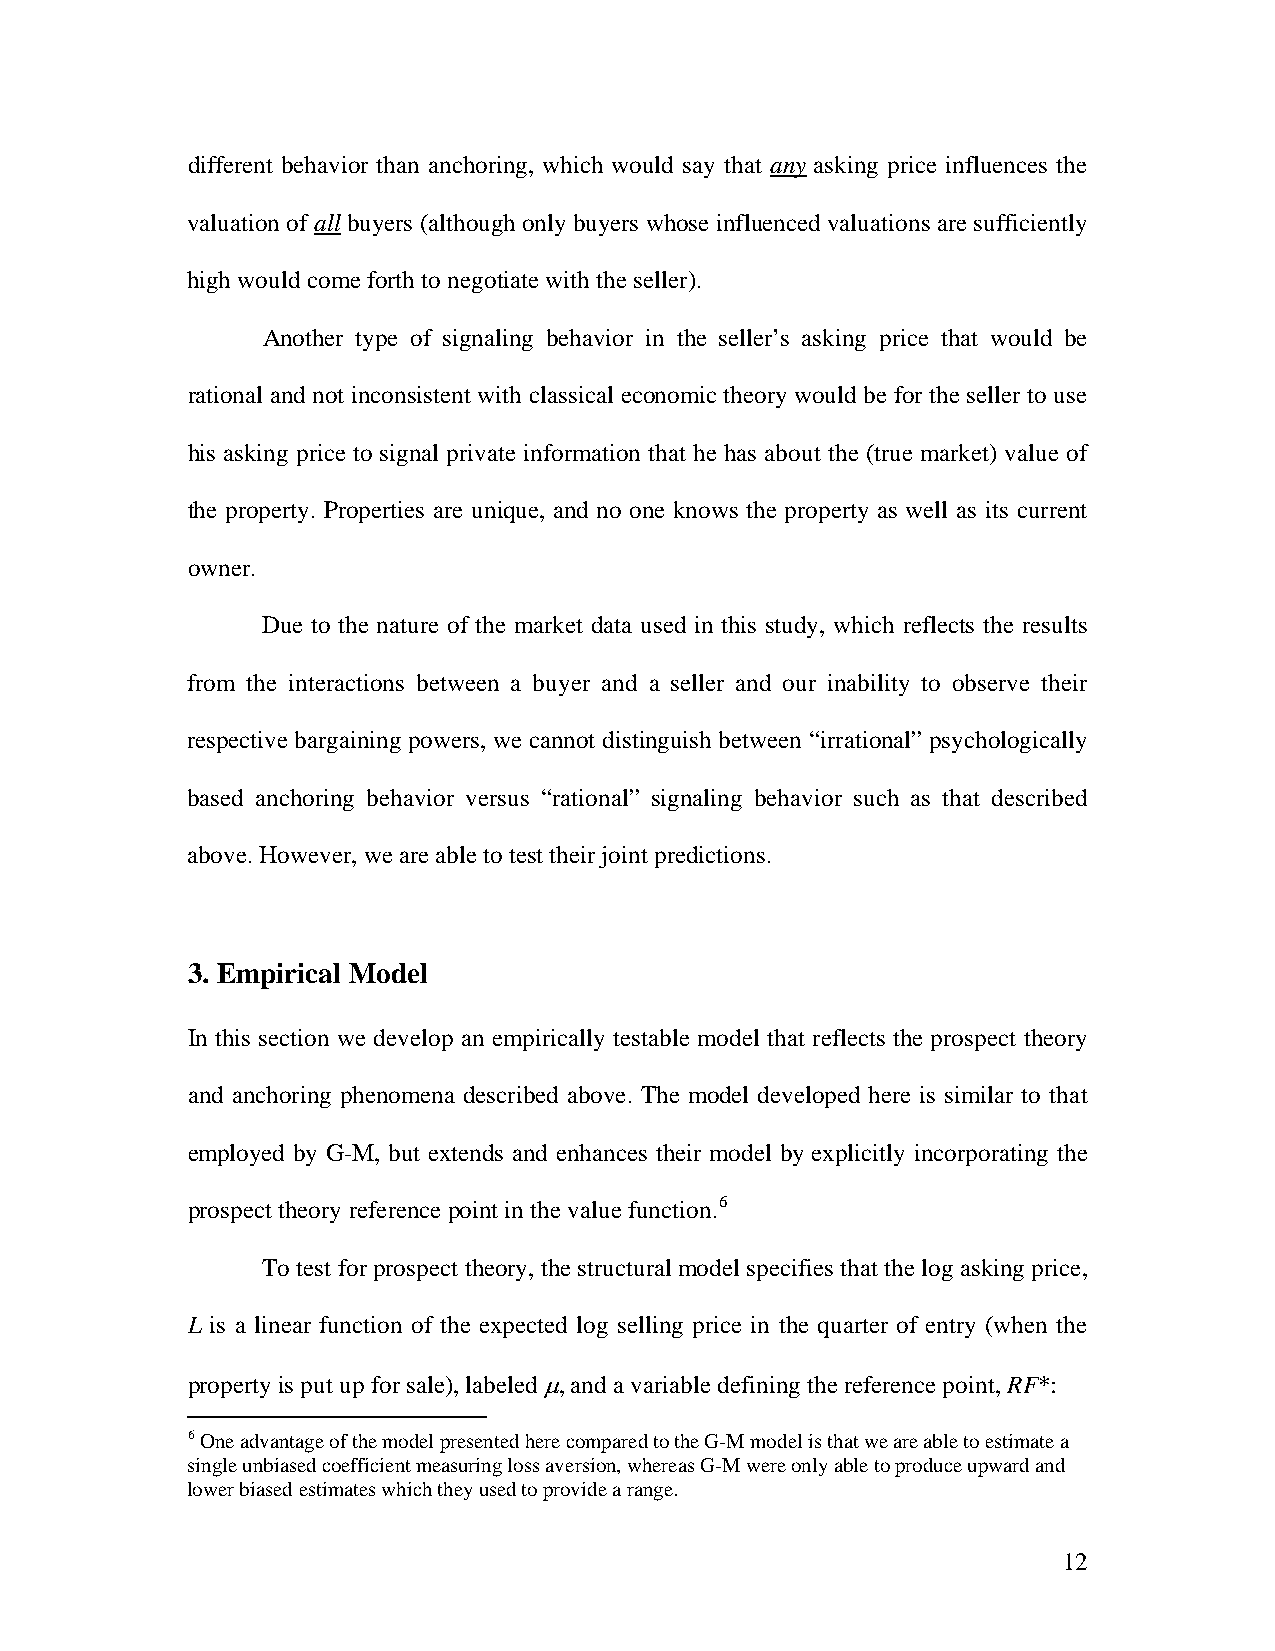
different behavior than anchoring, which would say that any asking price influences the
 valuation of all buyers (although only buyers whose influenced valuations are sufficiently
 high would come forth to negotiate with the seller).
 Another type of signaling behavior in the seller’s asking price that would be
 rational and not inconsistent with classical economic theory would be for the seller to use
 his asking price to signal private information that he has about the (true market) value of
 the property. Properties are unique, and no one knows the property as well as its current
 owner.
 Due to the nature of the market data used in this study, which reflects the results
 from the interactions between a buyer and a seller and our inability to observe their
 respective bargaining powers, we cannot distinguish between “irrational” psychologically
 based anchoring behavior versus “rational” signaling behavior such as that described
 above. However, we are able to test their joint predictions.
 3. Empirical Model
 In this section we develop an empirically testable model that reflects the prospect theory
 and anchoring phenomena described above. The model developed here is similar to that
 employed by G-M, but extends and enhances their model by explicitly incorporating the
 prospect theory reference point in the value function.6
 To test for prospect theory, the structural model specifies that the log asking price,
 L is a linear function of the expected log selling price in the quarter of entry (when the
 property is put up for sale), labeled μ, and a variable defining the reference point, RF*:
 6 One advantage of the model presented here compared to the G-M model is that we are able to estimate a
 single unbiased coefficient measuring loss aversion, whereas G-M were only able to produce upward and
 lower biased estimates which they used to provide a range.
 12